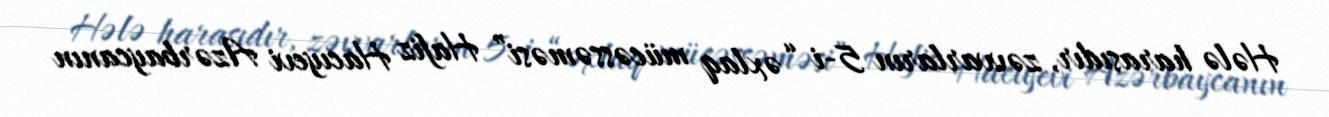
Hələ harasıdır, zəvvarların 5-i “əxlaq mücəssəməsi” Hafiz Hacıyevi Azərbaycanın